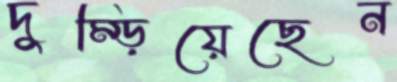
দুম্‌ড়িয়েছেন